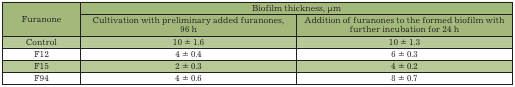
<table><thead><tr><td rowspan="2"><b>Furanone</b></td><td colspan="2"><b>Biofilm thickness, μm</b></td></tr><tr><td><b>Cultivation with preliminary added furanones,96 h</b></td><td><b>Addition of furanones to the formed biofilm withfurther incubation for 24 h</b></td></tr></thead><tbody><tr><td>Control</td><td>10 ± 1.6</td><td>10 ± 1.3</td></tr><tr><td>F12</td><td>4 ± 0.4</td><td>6 ± 0.3</td></tr><tr><td>F15</td><td>2 ± 0.3</td><td>4 ± 0.2</td></tr><tr><td>F94</td><td>4 ± 0.6</td><td>8 ± 0.7</td></tr></tbody></table>